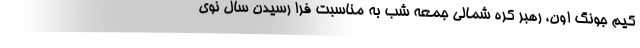
کیم جونگ اون، رهبر کره شمالی جمعه شب به مناسبت فرا رسیدن سال نوی